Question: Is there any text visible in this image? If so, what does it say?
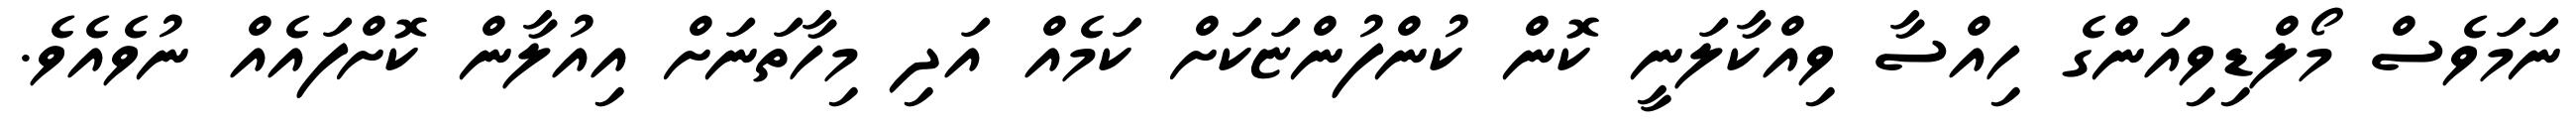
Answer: ނަމަވެސް މޯލްޑިވިއަންގެ ހިއްސާ ވިއްކާލަނީ ކޮން ކުންފުންޏަކަށް ކަމެއް އަދި މިހާތަނަށް އިއުލާން ކޮށްފައެއް ނުވެއެވެ.